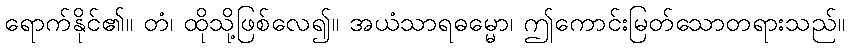
ရောက်နိုင်၏။ တံ၊ ထိုသို့ဖြစ်လေ၍။ အယံသာရဓမ္မော၊ ဤကောင်းမြတ်သောတရားသည်။